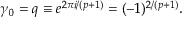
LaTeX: \gamma _ { 0 } = q \equiv e ^ { 2 \pi i / ( p + 1 ) } = ( - 1 ) ^ { 2 / ( p + 1 ) } .